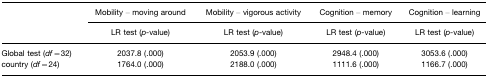
<table><thead><tr><td></td><td><b>Mobility – moving around</b></td><td><b>Mobility – vigorous activity</b></td><td><b>Cognition – memory</b></td><td><b>Cognition – learning</b></td></tr><tr><td></td><td><b>LR test (<i>p</i>-value)</b></td><td><b>LR test (<i>p</i>-value)</b></td><td><b>LR test (<i>p</i>-value)</b></td><td><b>LR test (<i>p</i>-value)</b></td></tr></thead><tbody><tr><td>Global test (<i>df</i>=32)</td><td>2037.8 (.000)</td><td>2053.9 (.000)</td><td>2948.4 (.000)</td><td>3053.6 (.000)</td></tr><tr><td>country (<i>df</i>=24)</td><td>1764.0 (.000)</td><td>2188.0 (.000)</td><td>1111.6 (.000)</td><td>1166.7 (.000)</td></tr></tbody></table>